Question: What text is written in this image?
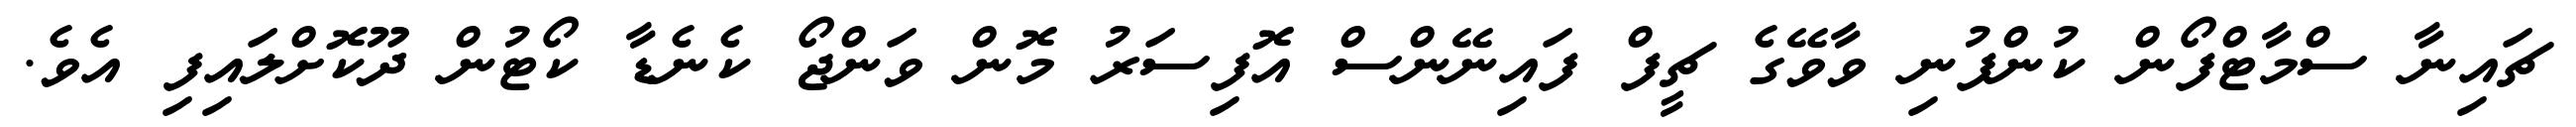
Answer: ޗައިނާ ސްމާޓްފޯން ކުންފުނި ވާވޭގެ ޗީފް ފައިނޭންސް އޮފިސަރު މޮން ވަންޖޯ ކެނެޑާ ކޯޓުން ދޫކޮށްލައިފި އެވެ.